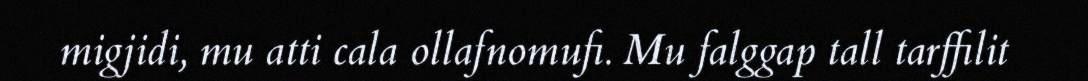
migjidi, mu atti cala ollafnomufi. Mu falggap tall tarffilit